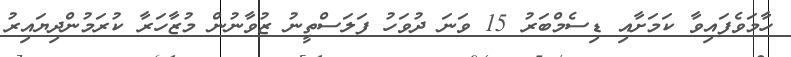
ހާމަވެފައިވާ ކަމަށާއި ޑިސެމްބަރު 15 ވަނަ ދުވަހު ފަލަސްތީނު ޒުވާނުން މުޒާހަރާ ކުރަމުންދިޔައިރު